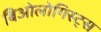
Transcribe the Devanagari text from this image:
बिओलोगिस्ट्स